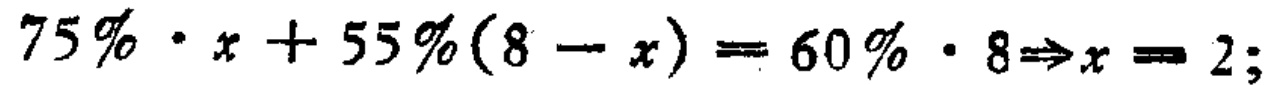
\(75\% \cdot x + 55\%(8 - x) = 60\% \cdot 8\Rightarrow x = 2;\)